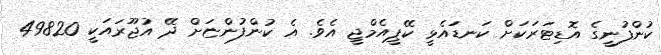
ކުންފުނީގެ އޮޑިޓަރަކަށް ކަނޑައެޅީ ކޭޕީއެމްޖީ އެވެ. އެ ކުންފުންޏަށް ދޭ އުޖޫރައަކީ 49820